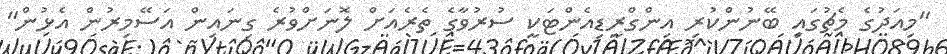
"މިއަދުގެ މެޗުގައި ބޭނުންކުރި އިންގްރީޑިއެންޓަކީ ސުރުވާގެ ތެރެއަށް ލޮނަށްވުރެ ގިނައިން އަސޭމިރުން އެޅުން"